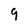
Character: 9